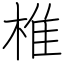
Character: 椎